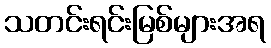
သတင်းရင်းမြစ်များအရ